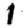
Digit: 1